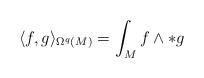
LaTeX: \begin{align*}\langle f, g \rangle_{\Omega^q(M)} = \int_M f \wedge * g \end{align*}